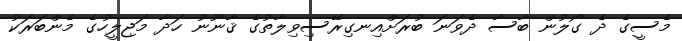
މެސީގެ ދެ ގޯލުން ބާސާ ދެވަނަ ބުރަށްއިނގިރޭސިވިލާތުގެ ޤާނޫނު ހަދާ މަޖިލީހުގެ މެންބަރަކު